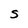
Character: S